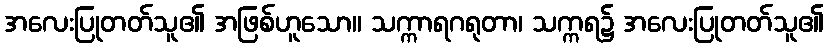
အလေးပြုတတ်သူ၏ အဖြစ်ဟူသော။ သက္ကာရဂရုတာ၊ သက္ကရ၌ အလေးပြုတတ်သူ၏